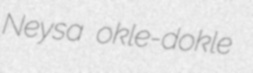
Neysa okle-dokle